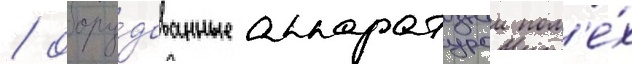
/ обору́дованные аппаратурои пом'е́х